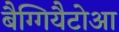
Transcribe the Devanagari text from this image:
बैग्गियैटोआ